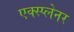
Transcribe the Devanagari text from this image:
एक्स्प्लेनर